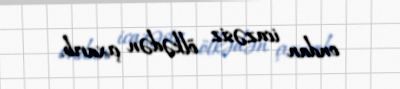
ondan icazəsiz ölkədən çıxarıb.